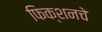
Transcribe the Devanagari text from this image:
फिक्शनचे